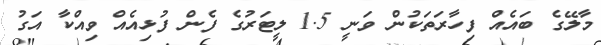
މާލޭގެ ބައެއް ފިހާރަތަކުން ވަނީ 1.5 ލީޓަރުގެ ފެން ފުޅިއެއް ވިއްކާ އަގު